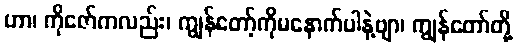
ဟာ၊ ကိုဇော်ကလည်း၊ ကျွန်တော့်ကိုမနောက်ပါနဲ့ဗျာ၊ ကျွန်တော်တို့